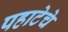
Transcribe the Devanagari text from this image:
पहाटेचे